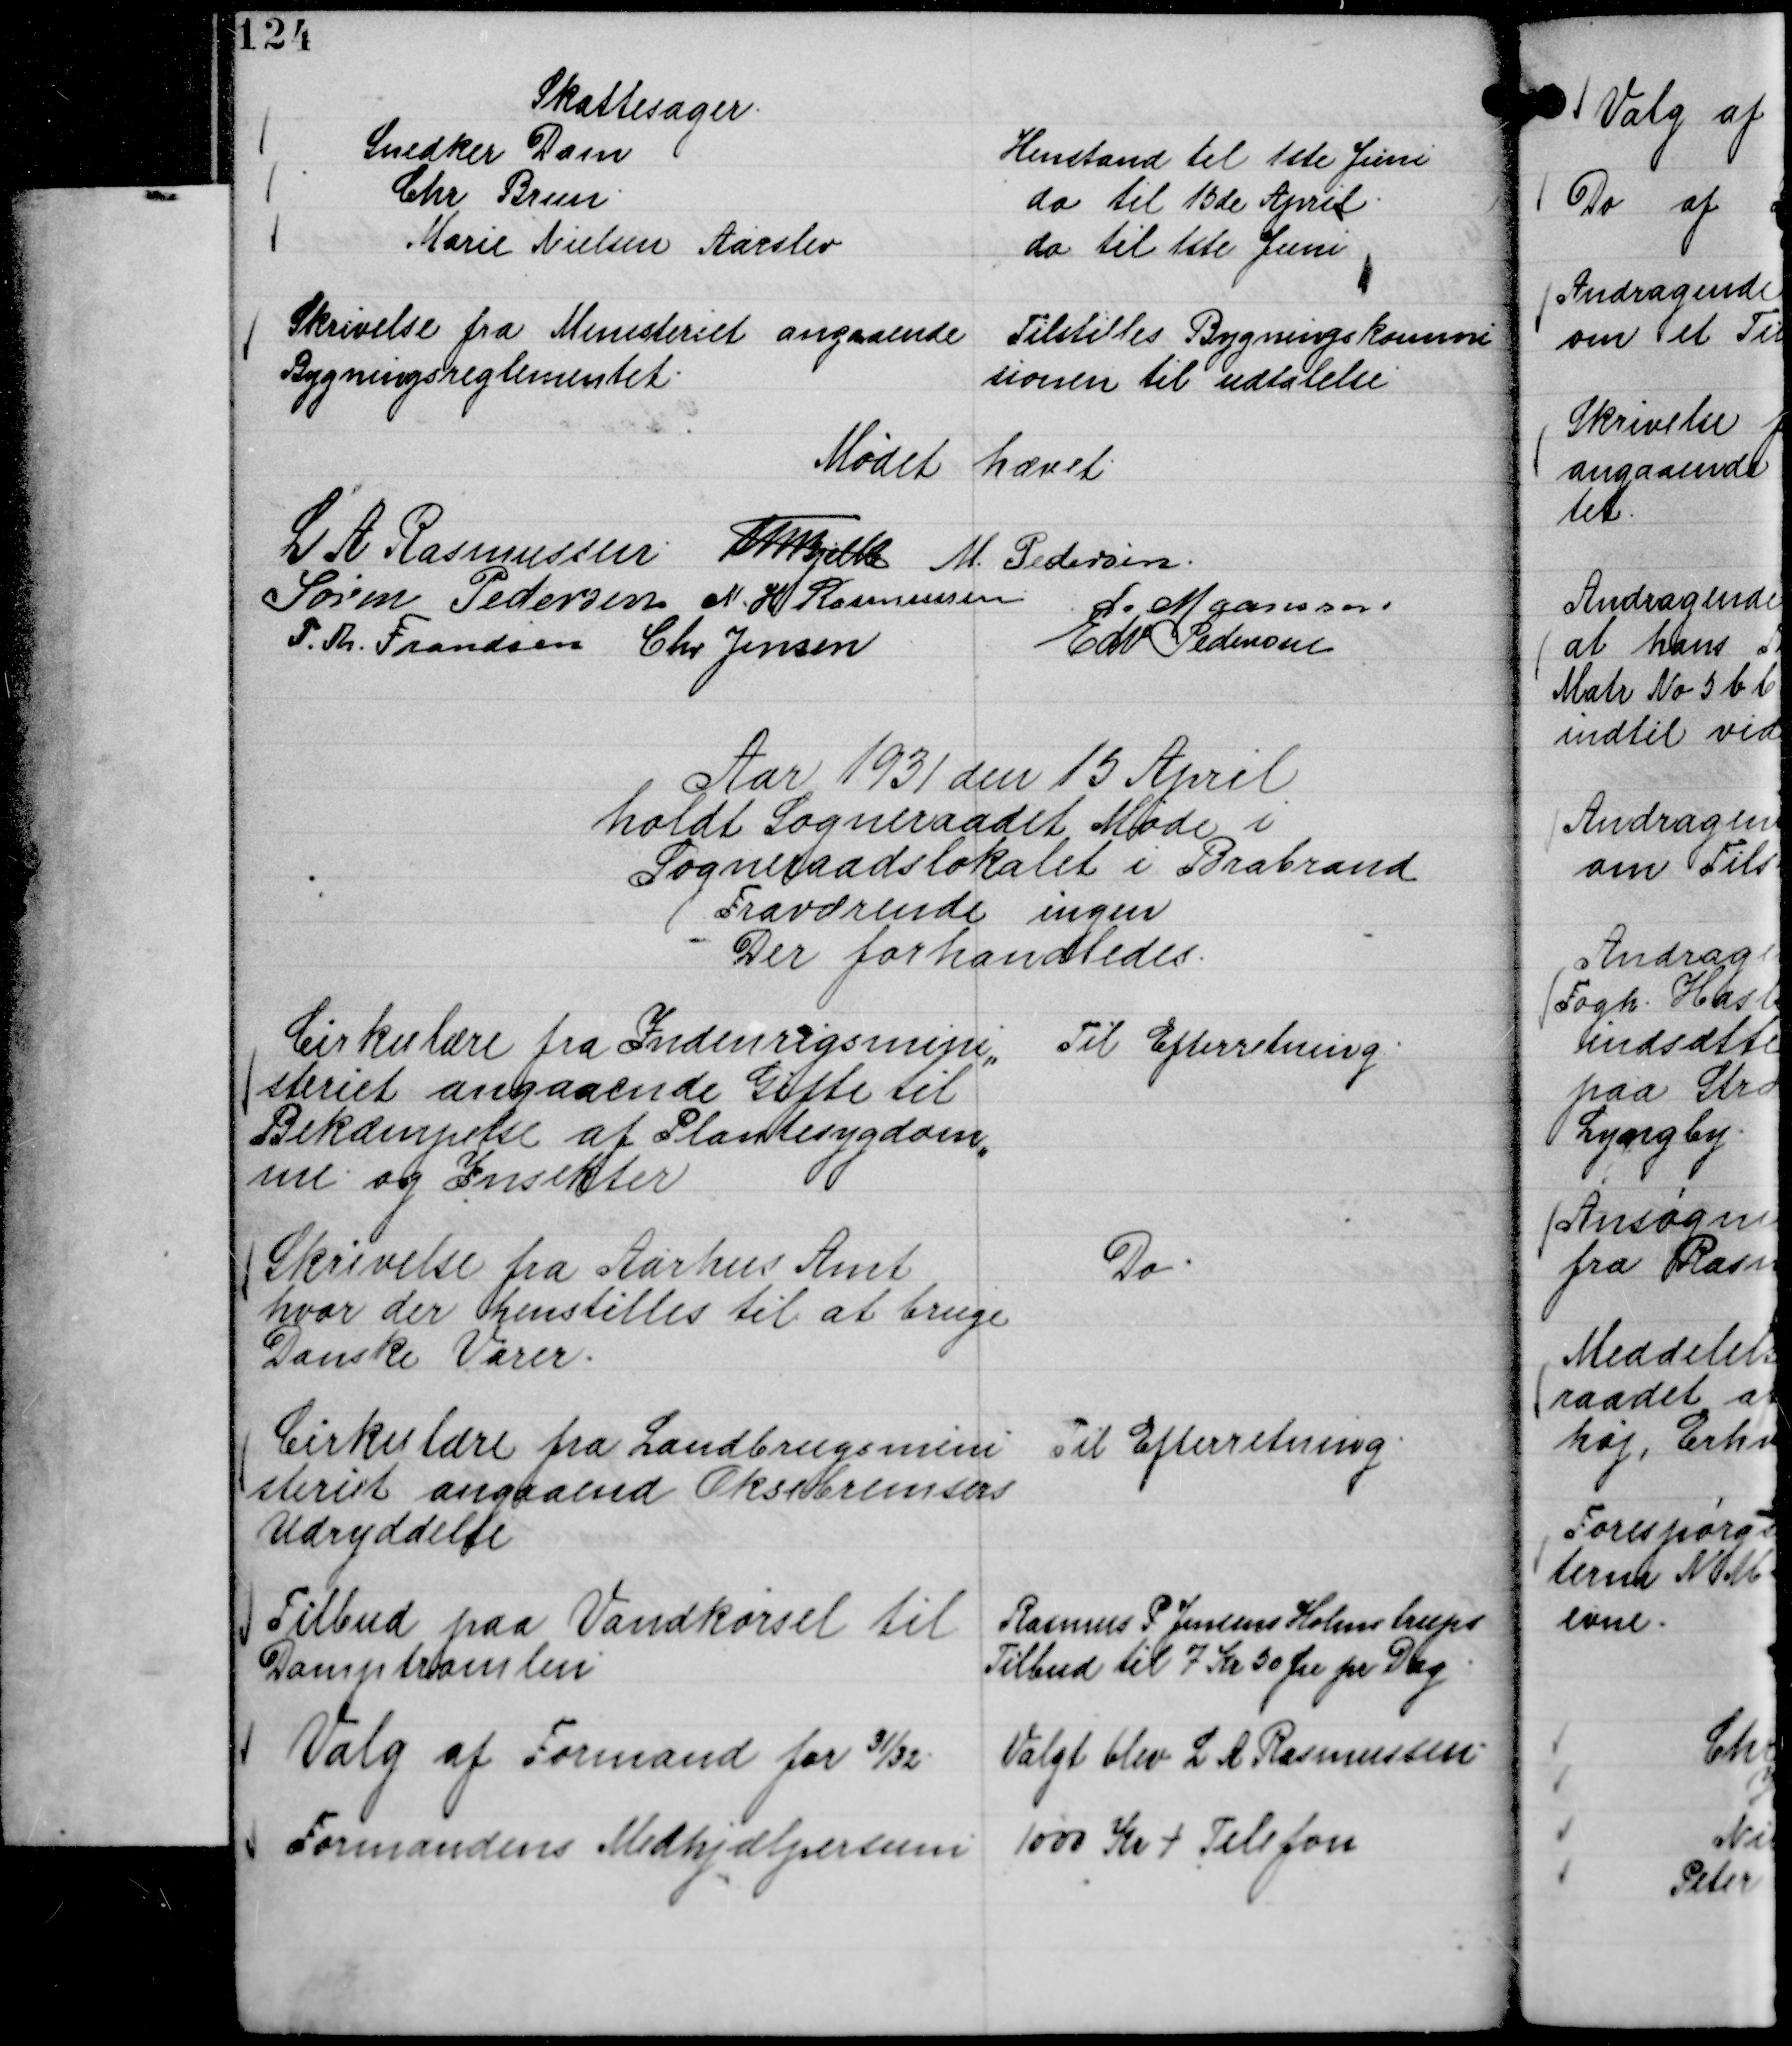
Transskription:
Skattesager.
Snedker Dam
Henstand til 1ste Juni
Chr Brun.
do til 15de April.
Marie Nielsen Aarslev
do til 1ste Juni

Skrivelse fra Ministeriet angaaende
Bygningsreglementet.

Tilstilles Bygningskommi
sionen til udtalelse

Mødet hævet.
L A Rasmussen
Th Bjelke
M. Pedersen.
Søren Pedersen
N. H Rasmussen
L. Maansson
P. Th. Frandsen
Chr Jensen
Edv Pedersen

Aar 1931 den 15 April
holdt Sogneraadet Møde i
Sogneraadslokalet i Brabrand
Fraværende ingen
Der forhandledes.

Cirkulære fra Indenrigsmini,,
steriet angaaende Gifte til
Bekæmpelse af Plantesygdom,,
me og Insekter

Til Efterretning.

Skrivelse fra Aarhus Amt
hvor der henstilles til at bruge
Danske Varer.

Do.

Cirkulære fra Landbrugsmini
steriet angaaende Oksebremsers
Udryddelse

Til Efterretning.

Tilbud paa Vandkørsel til
Damptromlen

Rasmus P Jensens Holmstrups
Tilbud til 7 Kr 50 Øre pr Dag.

Valg af Formand for 31/32.

Valgt blev L A Rasmussen.

Formandens Medhjælpersum

1000 Kr + Telefon